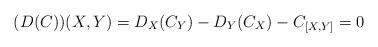
LaTeX: \begin{align*}(D(C))(X, Y) = D_{X}(C_{Y}) - D_{Y} (C_{X}) - C_{[X, Y]}=0\end{align*}